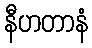
နီဟတာနံ